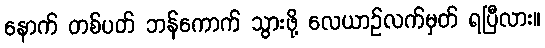
နောက် တစ်ပတ် ဘန်ကောက် သွားဖို့ လေယာဉ်လက်မှတ် ရပြီလား။